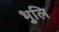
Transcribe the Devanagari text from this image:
भुलि